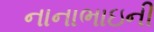
નાનાભાઇની